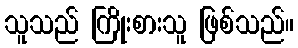
သူသည် ကြိုးစားသူ ဖြစ်သည်။